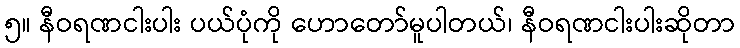
၅။ နီဝရဏငါးပါး ပယ်ပုံကို ဟောတော်မူပါတယ်၊ နီဝရဏငါးပါးဆိုတာ